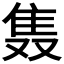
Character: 𲉩